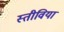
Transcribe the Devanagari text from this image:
स्तीविया